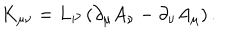
K _ { \mu \nu } = L _ { P } \left( \partial _ { \mu } A _ { \nu } - \partial _ { \nu } A _ { \mu } \right) .